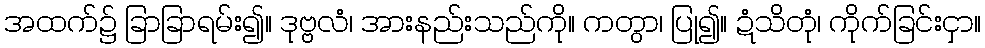
အထက်၌ ခြာခြာရမ်း၍။ ဒုဗ္ဗလံ၊ အားနည်းသည်ကို။ ကတွာ၊ ပြု၍။ ဍံသိတုံ၊ ကိုက်ခြင်းငှာ။